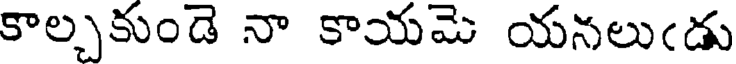
కాల్చకుండె నా కాయమె యనలుఁడు